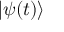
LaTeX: \left| \psi ( t ) \right\rangle